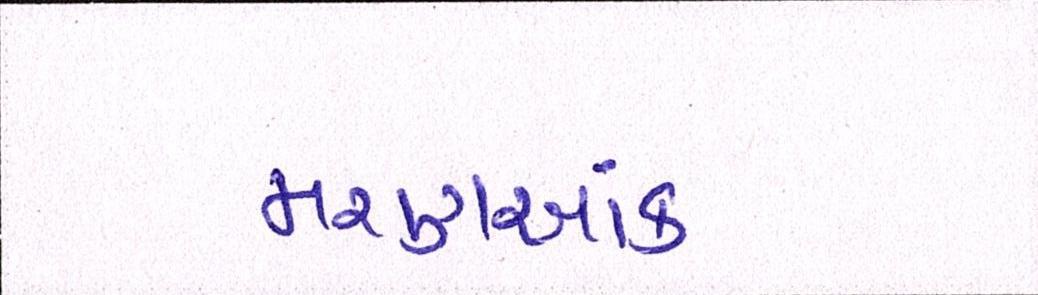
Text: મરણઆંક